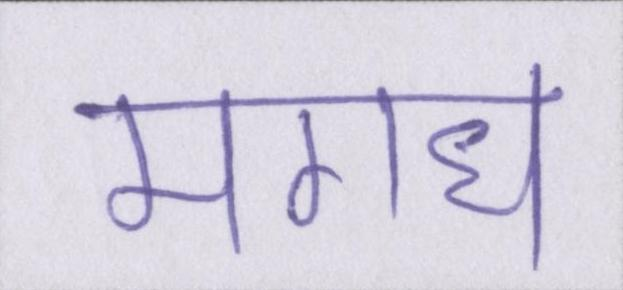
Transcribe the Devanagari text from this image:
मगध